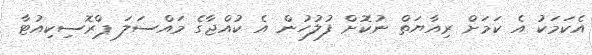
އެކަމަކު އެ ކަމަށް ރިއާޔަތް ނުކޮށް ފުލުހުން އެ ކުއްޖާގެ މައްސަލަ ޕްރޮސިކިއުޓާ